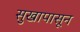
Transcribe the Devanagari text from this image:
सुखापासून